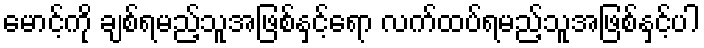
မောင့်ကို ချစ်ရမည့်သူအဖြစ်နှင့်ရော လက်ထပ်ရမည့်သူအဖြစ်နှင့်ပါ